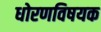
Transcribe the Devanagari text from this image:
धोरणविषयक